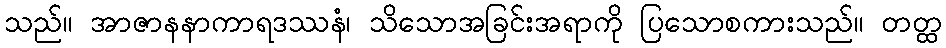
သည်။ အာဇာနနာကာရဒဿနံ၊ သိသောအခြင်းအရာကို ပြသောစကားသည်။ တတ္ထ